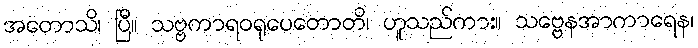
အတောသိ၊ ပြီ။ သဗ္ဗကာရဝရုပေတောတိ၊ ဟူသည်ကား။ သဗ္ဗေနအာကာရေန၊